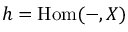
h = \operatorname { H o m } ( - , X )